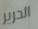
الحرير